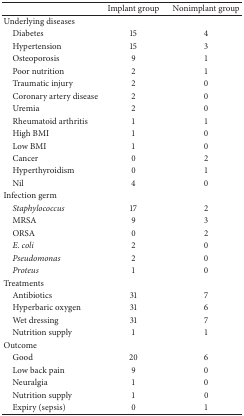
<table><thead><tr><td>[EMPTY_CELL]</td><td><b>Implant group</b></td><td><b>Nonimplant group</b></td></tr></thead><tbody><tr><td>Underlying diseases</td><td>[EMPTY_CELL]</td><td>[EMPTY_CELL]</td></tr><tr><td> Diabetes</td><td>15</td><td>4</td></tr><tr><td> Hypertension</td><td>15</td><td>3</td></tr><tr><td> Osteoporosis </td><td>9</td><td>1</td></tr><tr><td> Poor nutrition</td><td>2</td><td>1</td></tr><tr><td> Traumatic injury</td><td>2</td><td>0</td></tr><tr><td> Coronary artery disease</td><td>2</td><td>0</td></tr><tr><td> Uremia</td><td>2</td><td>0</td></tr><tr><td> Rheumatoid arthritis</td><td>1</td><td>1</td></tr><tr><td> High BMI</td><td>1</td><td>0</td></tr><tr><td> Low BMI</td><td>1</td><td>0</td></tr><tr><td> Cancer</td><td>0</td><td>2</td></tr><tr><td> Hyperthyroidism</td><td>0</td><td>1</td></tr><tr><td> Nil</td><td>4</td><td>0</td></tr><tr><td>Infection germ</td><td>[EMPTY_CELL]</td><td>[EMPTY_CELL]</td></tr><tr><td> <i>Staphylococcus </i></td><td>17</td><td>2</td></tr><tr><td> MRSA</td><td>9</td><td>3</td></tr><tr><td> ORSA</td><td>0</td><td>2</td></tr><tr><td> <i>E. coli </i></td><td>2</td><td>0</td></tr><tr><td> <i>Pseudomonas </i></td><td>2</td><td>0</td></tr><tr><td> <i>Proteus </i></td><td>1</td><td>0</td></tr><tr><td>Treatments</td><td>[EMPTY_CELL]</td><td>[EMPTY_CELL]</td></tr><tr><td> Antibiotics</td><td>31</td><td>7</td></tr><tr><td> Hyperbaric oxygen</td><td>31</td><td>6</td></tr><tr><td> Wet dressing</td><td>31</td><td>7</td></tr><tr><td> Nutrition supply</td><td>1</td><td>1</td></tr><tr><td>Outcome</td><td>[EMPTY_CELL]</td><td>[EMPTY_CELL]</td></tr><tr><td> Good</td><td>20</td><td>6</td></tr><tr><td> Low back pain</td><td>9</td><td>0</td></tr><tr><td> Neuralgia</td><td>1</td><td>0</td></tr><tr><td> Nutrition supply</td><td>1</td><td>0</td></tr><tr><td> Expiry (sepsis)</td><td>0</td><td>1</td></tr></tbody></table>